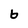
Character: b